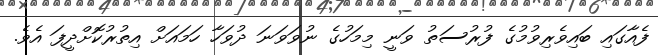
ފެއާގައި ބައިވެރިވުމުގެ ފުރުސަތު ވަނީ މިމަހުގެ ނުވަވަނަ ދުވަހާ ހަމައަށް އިތުރުކޮށްދީފަ އެވެ.